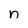
Character: n